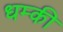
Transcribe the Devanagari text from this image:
धम्की